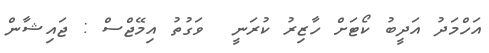
އަހްމަދު އަދީބު ކޯޓަށް ހާޒިރު ކުރަނީ  ވަގުތު އިމޭޖްސް : ޖައިޝާން